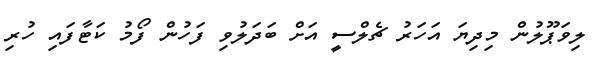
ލިވަޕޫލުން މިދިޔަ އަހަރު ޗެލްސީ އަށް ބަދަލުވި ފަހުން ފޯމު ކަޓާފައި ހުރި